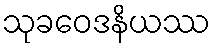
သုခဝေဒနိယဿ